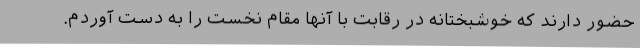
حضور دارند که خوشبختانه در رقابت با آنها مقام نخست را به دست آوردم.